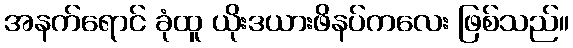
အနက်ရောင် ခုံထူ ယိုးဒယားဖိနပ်ကလေး ဖြစ်သည်။